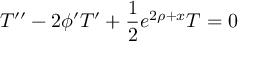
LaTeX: T ^ { \prime \prime } - 2 \phi ^ { \prime } T ^ { \prime } + \frac { 1 } { 2 } e ^ { 2 \rho + x } T = 0